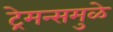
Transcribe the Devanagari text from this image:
ट्रेमन्समुळे